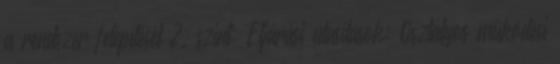
a rendszer felépítését 2. szint: Eljárási utasítások; Osztályos működési